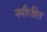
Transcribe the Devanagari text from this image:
नमीरहित